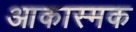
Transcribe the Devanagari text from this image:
आकास्मक